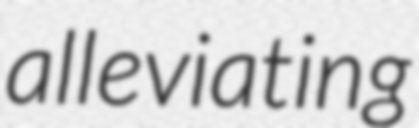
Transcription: alleviating